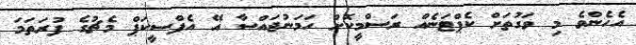
އެހެންވެ މި ވަގުތަށް ކެޕްޓަނެއް ރަސްމީކޮށް ހަމަނުޖައްސާ އޭ އެފްސީކަޕް މެޗުގެ ފުރަތަމަ